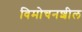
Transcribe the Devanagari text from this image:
विमोचनशील